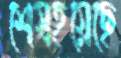
শেষহয়েছে